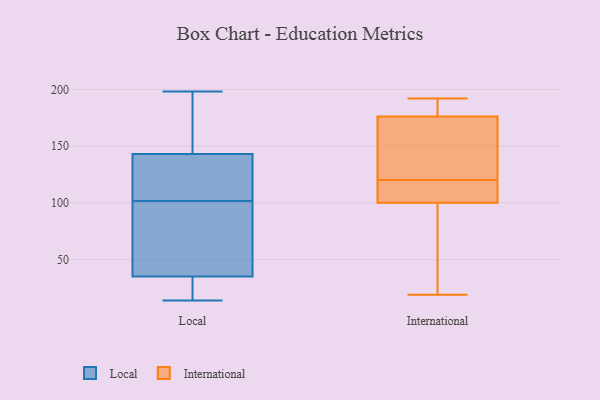
{"axis": {"x": "Temperature (°C)", "y": "Value"}, "legend": ["International", "Local"], "data": [{"x": "", "y": 92, "type": "Local"}, {"x": "", "y": 75, "type": "Local"}, {"x": "", "y": 14, "type": "Local"}, {"x": "", "y": 198, "type": "Local"}, {"x": "", "y": 29, "type": "Local"}, {"x": "", "y": 35, "type": "Local"}, {"x": "", "y": 134, "type": "Local"}, {"x": "", "y": 65, "type": "Local"}, {"x": "", "y": 136, "type": "Local"}, {"x": "", "y": 56, "type": "Local"}, {"x": "", "y": 123, "type": "Local"}, {"x": "", "y": 187, "type": "Local"}, {"x": "", "y": 22, "type": "Local"}, {"x": "", "y": 19, "type": "Local"}, {"x": "", "y": 182, "type": "Local"}, {"x": "", "y": 151, "type": "Local"}, {"x": "", "y": 111, "type": "Local"}, {"x": "", "y": 143, "type": "Local"}, {"x": "", "y": 81, "type": "International"}, {"x": "", "y": 106, "type": "International"}, {"x": "", "y": 124, "type": "International"}, {"x": "", "y": 181, "type": "International"}, {"x": "", "y": 122, "type": "International"}, {"x": "", "y": 100, "type": "International"}, {"x": "", "y": 19, "type": "International"}, {"x": "", "y": 176, "type": "International"}, {"x": "", "y": 182, "type": "International"}, {"x": "", "y": 118, "type": "International"}, {"x": "", "y": 42, "type": "International"}, {"x": "", "y": 112, "type": "International"}, {"x": "", "y": 155, "type": "International"}, {"x": "", "y": 192, "type": "International"}]}